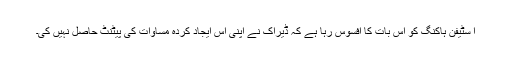
ا سٹیفن ہاکنگ کو اس بات کا افسوس رہا ہے کہ ڈیراک نے اپنی اس ایجاد کردہ مساوات کی پیٹنٹ حاصل نہیں کی۔